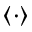
\langle \cdot \rangle